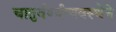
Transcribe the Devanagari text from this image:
चातुर्वर्ण्यव्यवस्थेने